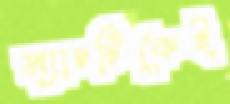
ম্যাচটিকেই